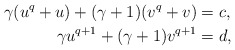
\begin{align*}\gamma (u^q + u) + (\gamma+1) (v^q + v) &= c,\\\gamma u^{q+1} + (\gamma+1) v^{q+1} &= d,\end{align*}